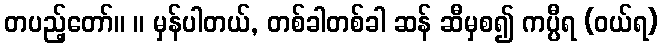
တပည့်တော်။ ။ မှန်ပါတယ်, တစ်ခါတစ်ခါ ဆန် ဆီမှစ၍ ကပ္ပီရ (ဝယ်ရ)